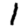
Digit: 1